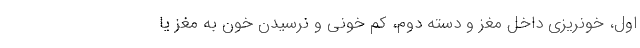
اول، خونریزی داخل مغز و دسته دوم، کم خونی و نرسیدن خون به مغز یا